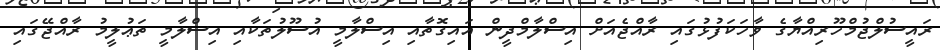
ރައީސުލްޖުމްހޫރިއްޔާގެ ވާހަކަފުޅުގައި ރާއްޖެއަށް އިސްލާމްދީން އައިގޮތާއި އިސްލާމީ އުސޫލުތަކާއި އިސްލާމީ ތަޢުލީމު ރާއްޖޭގައި